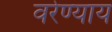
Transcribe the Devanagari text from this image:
वरेण्याय